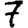
Digit: 7